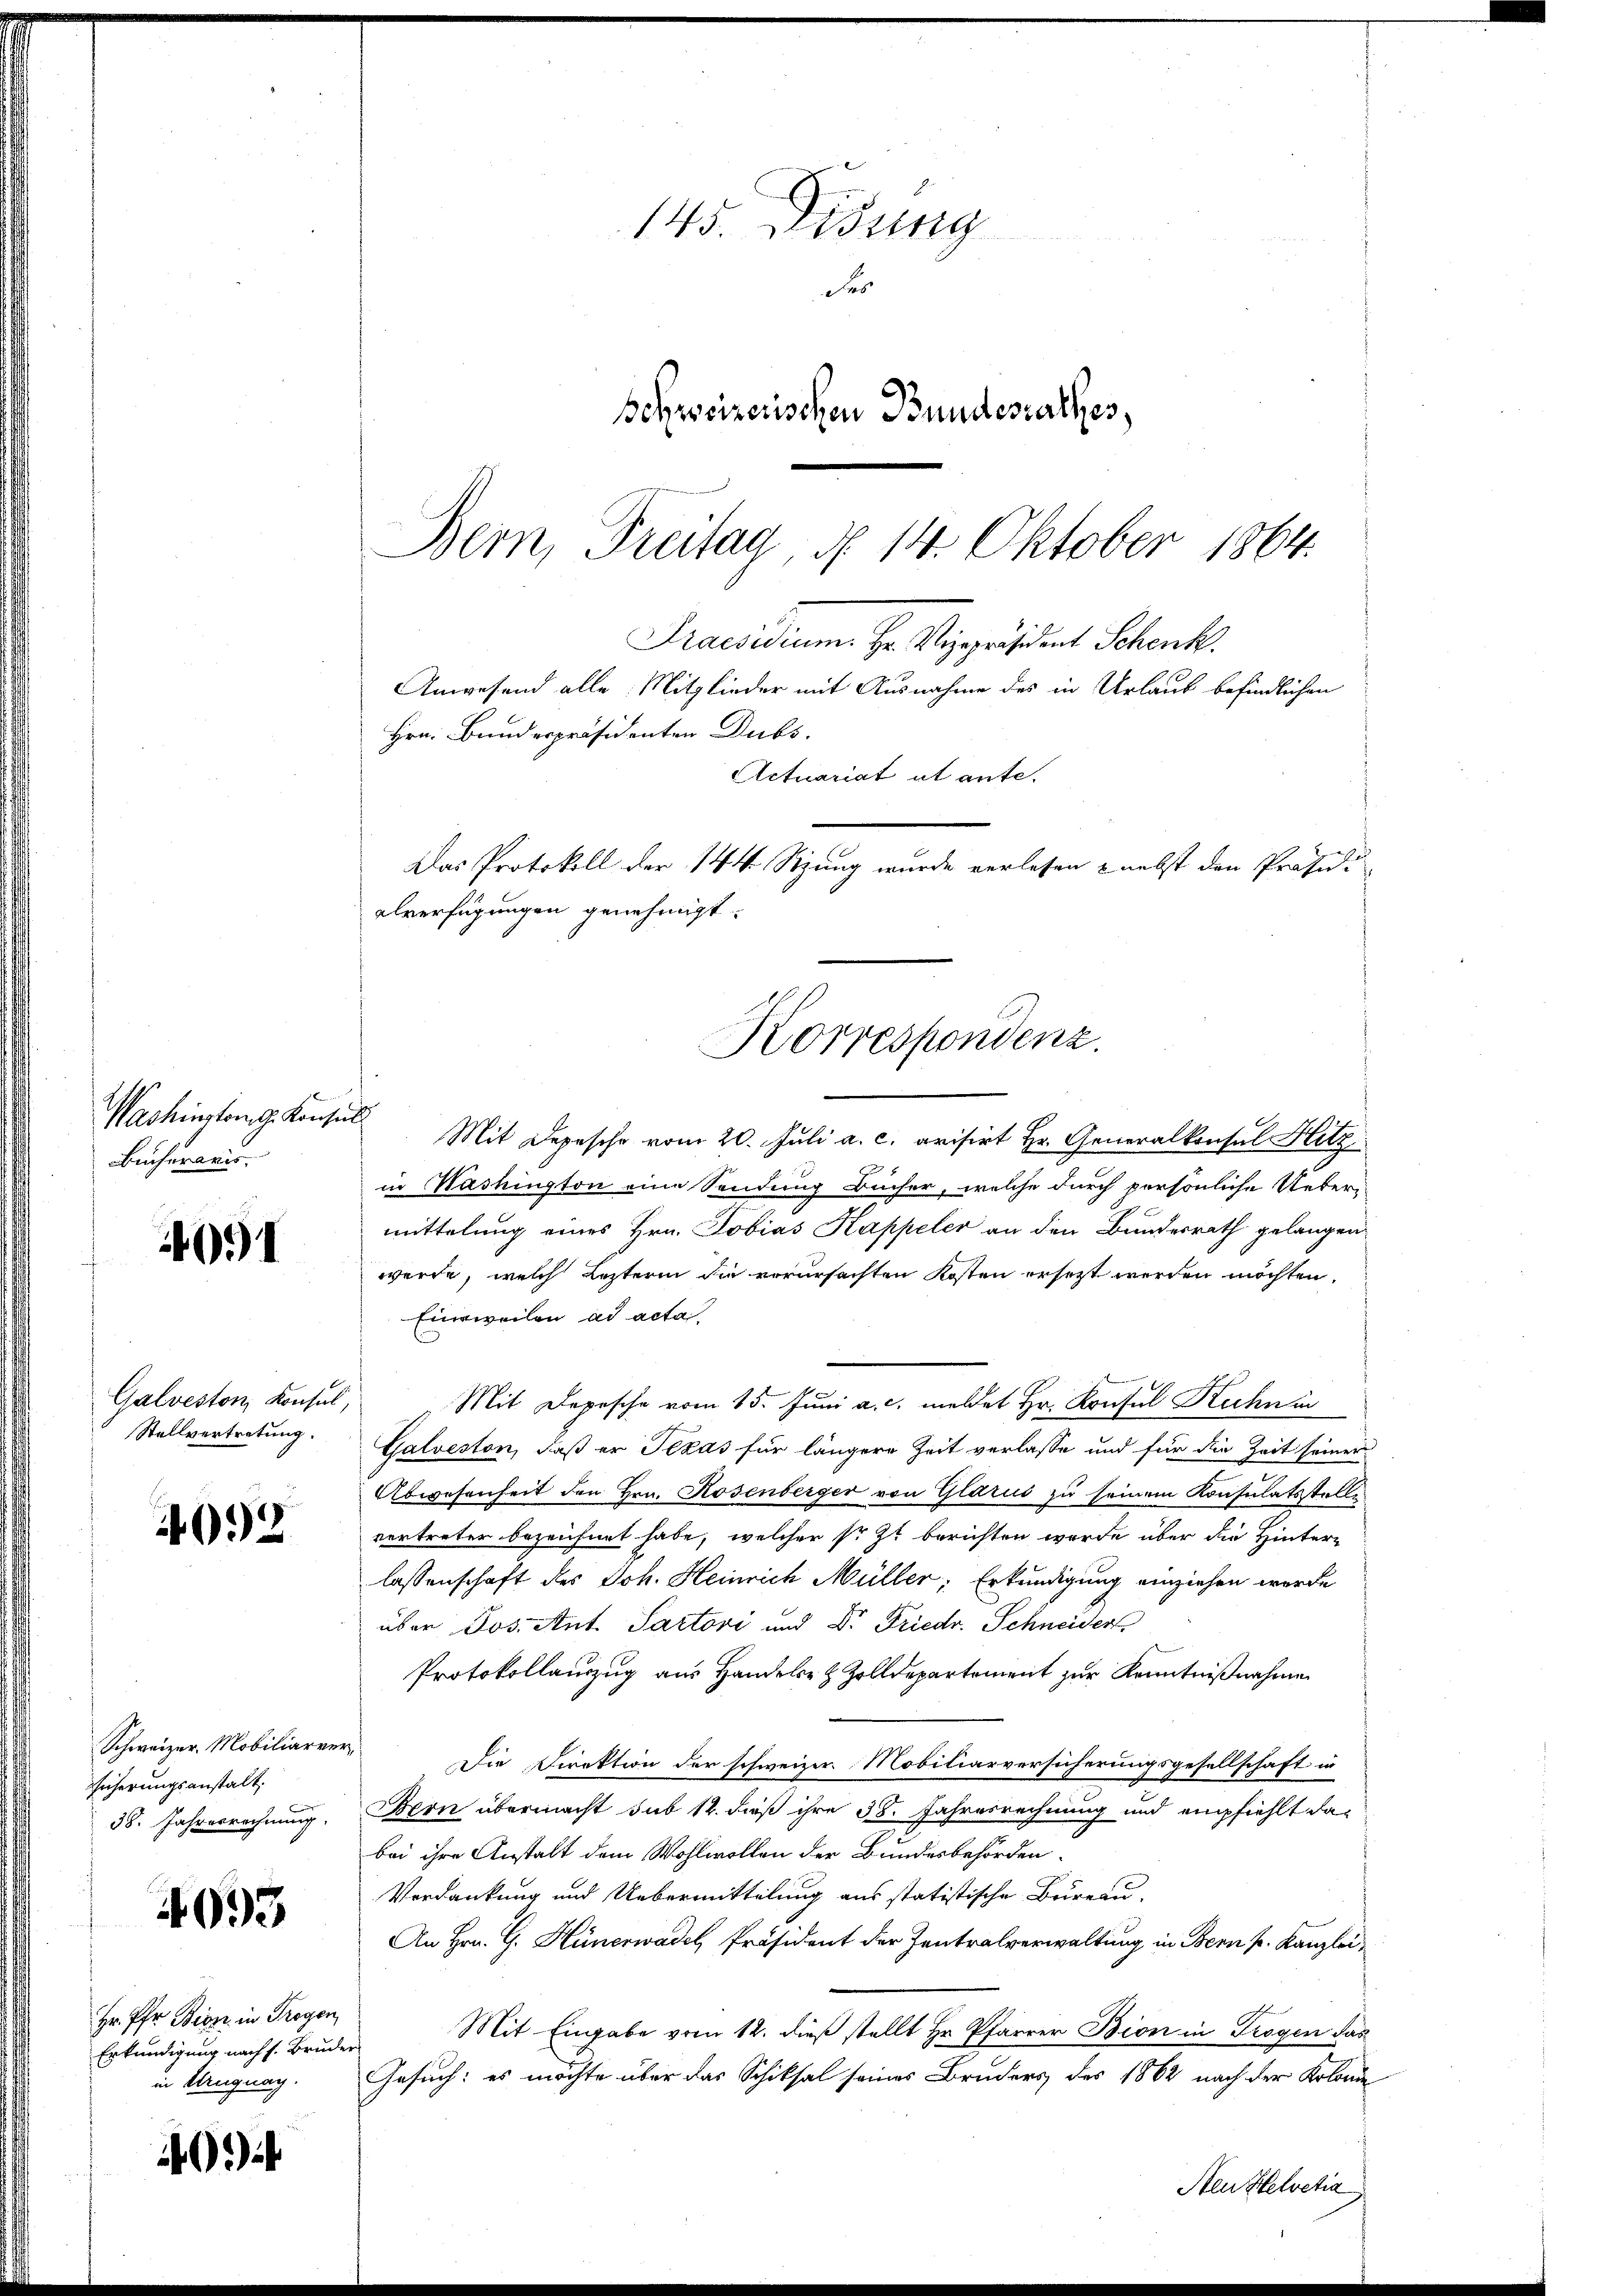
Washington d. Konse
Bücheraris

401

Galveston, Konsul,
Stellvertretung.

4092

Schweizer. Mobiliarrer
Sicherungsanstalt.
38. Jahresrechnung.

4993

Hr. Pfr Bion in Freyen,
Erkundigung nach s. Brude
in Ungnag.

01

145. Didung
Fr
Schweizerischen Bundesrathes,

Bern, Freitag, d. 14. Oktober 1864.
Praesidium. Hr. Vizepräsident Schenk
Anwesend alle Mitglieder mit Ausnahme des in Urlaub befindlichen
Hrn. Bundespräsidenten Dubs.
Actuariat et ante.
Das Protokoll der 144 Stzung wurde verlesen - nebst den Präsidi
alverfügungen genehmigt.
Korrespondenz.

c
Mit Depesche vom 20. Juli a. c. avisirt Hr. Generalkonsul Hitz
in Washington eine Sendung Bücher, welche durch persönliche Ueber-
mittelung eines Hrn. Tobias Kappeler an den Bundesrath gelangen
werde, welch Lezterin die vorursachten Kosten ersetzt werden möchten,
Einweilen ad acta.
Mit Depesche vom 15. Juni a. c. meldet Hr. Konsul Kuhnin
Galveston, daß er Texas für längere Zeit verlasse und für die Zeit seiner
Abwesenheit den Hrn. Rosenberger von Glarus zu seinem Konsulatsstelle
vertreter bezeichnet habe, welcher sr. Zt. berichten wurde über die Hinter-
lassenschaft des Joh. Heinrich Müller, Erkundigung einziehen werde
über Jos. Ant. Sactovi und Dr. Friedr. Schneidert
Protokollauszug aus Handels- & Zolldepartement zur Kenntnißnahme
Die Direktion der schweizer. Mobiliarversicherungsgesellschaft in
Bern übermacht sub 14. dieß ihre 38. Jahresrechnung und empfiehlt dabei ihre Anstalt dem Wohlwollen der Bundesbehörden
Verdankung und Uebermittelung aus statistische Bureau-
An Hrn. G. Hünerwadel, Präsident der Zentralverwaltung in Bern k. Kanzlei¬
Mit Eingabe vom 12. dieß stellt Hr. Pfarrer Bion in Trogen das
Gesuch: es möchte über das Schiksal seines Bruders des 1862 nach der Kolonie
Neu Helvetia